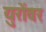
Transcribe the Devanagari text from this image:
युरोंवर